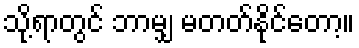
သို့ရာတွင် ဘာမျှ မတတ်နိုင်တော့။